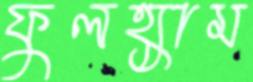
ফুলহ্যাম